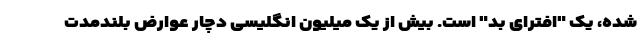
شده، یک "افترای بد" است. بیش از یک میلیون انگلیسی دچار عوارض بلندمدت